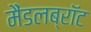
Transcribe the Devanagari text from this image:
मैंडलब्रॉट